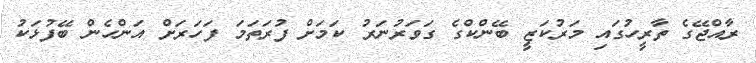
ރާއްޖޭގެ ތާރީހުގައި މަރުކަޒީ ބޭންކްގެ ގަވަރުނަރު ކަމަށް ފުރަތަމަ ފަހަރަށް އަންހެން ބޭފުޅަކު